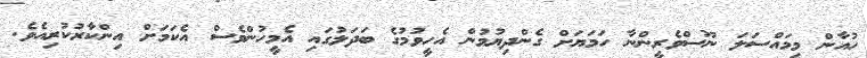
ހުއާން މިމައްސަލަ ނޫސްވެރީންނާ ހަމަޔަށް ގެންދިޔުމުން އެހީވުމުގެ ބަދަލުގައި އެމީހުންވެސް އެކަމަށް އިންކާރުކުރިއެވެ.